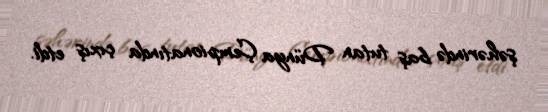
şəhərində baş tutan Dünya Çempionatında çıxış etdi.